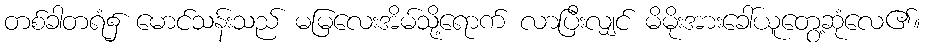
တစ်ခါတရံ၌ မောင်သန်းသည် မမြလေးအိမ်သို့ရောက် လာပြီးလျှင် မိမိုးအားခေါ်ယူတွေ့ဆုံလေ၏။